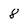
Character: 8